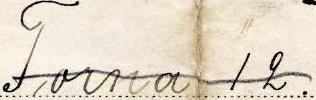
Torna 12